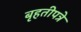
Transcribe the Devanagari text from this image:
बृहतीपत्रे